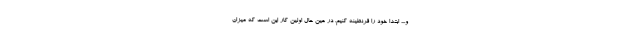
و...، ابتدا خود را قرنطینه کنیم. در عین حال اولین کار این است که میزان